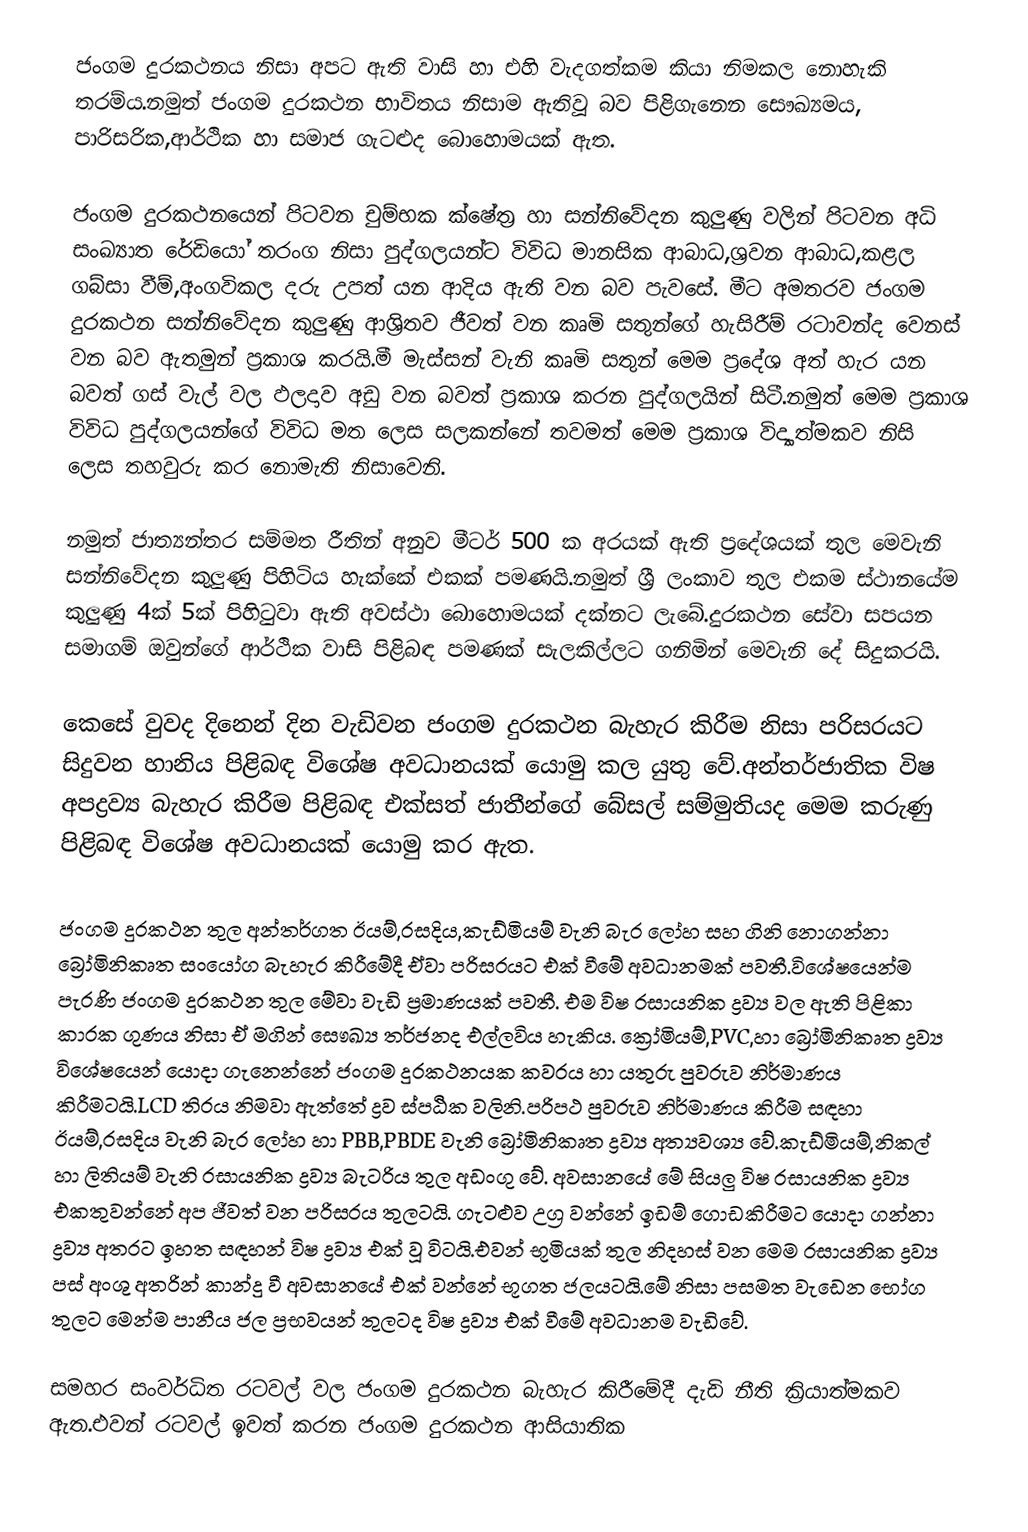
ජංගම දුරකථනය නිසා අපට ඇති වාසි හා එහි වැදගත්කම කියා නිමකල නොහැකි තරම්ය.නමුත් ජංගම දුරකථන භාවිතය නිසාම ඇතිවූ බව පිළිගැනෙන සෞඛ්‍යමය, පාරිසරික,ආර්ථික හා සමාජ ගැටළුද බොහොමයක් ඇත.

ජංගම දුරකථනයෙන් පිටවන චුම්භක ක්ෂේත්‍ර හා සන්නිවේදන කුලුණු වලින් පිටවන අධි සංඛ්‍යාත රේඩියෝ තරංග නිසා පුද්ගලයන්ට විවිධ මානසික ආබාධ,ශ්‍රවන ආබාධ,කළල ගබ්සා වීම්,අංගවිකල දරු උපත් යන ආදිය ඇති වන බව පැවසේ. මීට අමතරව ජංගම දුරකථන සන්නිවේදන කුලුණු ආශ්‍රිතව ජීවත් වන කෘමි සතුන්ගේ හැසිරීම් රටාවන්ද වෙනස් වන බව ඇතමුන් ප්‍රකාශ කරයි.මී මැස්සන් වැනි කෘමි සතුන් මෙම ප්‍රදේශ අත් හැර යන බවත් ගස් වැල් වල ඵලදාව අඩු වන බවත් ප්‍රකාශ කරන පුද්ගලයින් සිටී.නමුත් මෙම ප්‍රකාශ විවිධ පුද්ගලයන්ගේ විවිධ මත ලෙස සලකන්නේ තවමත් මෙම ප්‍රකාශ විද්‍යාත්මකව නිසි ලෙස තහවුරු කර නොමැති නිසාවෙනි.

නමුත් ජාත්‍යන්තර සම්මත රීතින් අනුව මීටර් 500 ක අරයක් ඇති ප්‍රදේශයක් තුල මෙවැනි සන්නිවේදන කුලුණු පිහිටිය හැක්කේ එකක් පමණයි.නමුත් ශ්‍රී ලංකාව තුල එකම ස්ථානයේම කුලුණු 4ක් 5ක් පිහිටුවා ඇති අවස්ථා බොහොමයක් දක්නට ලැබේ.දුරකථන සේවා සපයන සමාගම් ඔවුන්ගේ ආර්ථික වාසි පිළිබඳ පමණක් සැලකිල්ලට ගනිමින් මෙවැනි දේ සිදුකරයි.

කෙසේ වුවද දිනෙන් දින වැඩිවන ජංගම දුරකථන බැහැර කිරීම නිසා පරිසරයට සිදුවන හානිය පිළිබඳ විශේෂ අවධානයක් යොමු කල යුතු වේ.අන්තර්ජාතික විෂ අපද්‍රව්‍ය බැහැර කිරීම පිළිබඳ එක්සත් ජාතීන්ගේ බේසල් සම්මුතියද මෙම කරුණු පිළිබඳ විශේෂ අවධානයක් යොමු කර ඇත.

ජංගම දුරකථන තුල අන්තර්ගත ඊයම්,රසදිය,කැඩ්මියම් වැනි බැර ලෝහ සහ ගිනි නොගන්නා බ්‍රෝමිනිකෘත සංයෝග බැහැර කිරීමේදී ඒවා පරිසරයට එක් වීමේ අවධානමක් පවතී.විශේෂයෙන්ම පැරණි ජංගම දුරකථන තුල මේවා වැඩි ප්‍රමාණයක් පවතී. එම විෂ රසායනික ද්‍රව්‍ය වල ඇති පිළිකා කාරක ගුණය නිසා ඒ මගින් සෞඛ්‍ය තර්ජනද එල්ලවිය හැකිය. ක්‍රෝමියම්,PVC,හා බ්‍රෝමිනිකෘත ද්‍රව්‍ය විශේෂයෙන් යොදා ගැනෙන්නේ ජංගම දුරකථනයක කවරය හා යතුරු පුවරුව නිර්මාණය කිරීමටයි.LCD තිරය නිමවා ඇත්තේ ද්‍රව ස්පඨික වලිනි.පරිපථ පුවරුව නිර්මාණය කිරීම සඳහා ඊයම්,රසදිය වැනි බැර ලෝහ හා PBB,PBDE    වැනි බ්‍රෝමිනිකෘත ද්‍රව්‍ය අත්‍යවශ්‍ය වේ.කැඩ්මියම්,නිකල් හා ලිතියම් වැනි රසායනික ද්‍රව්‍ය බැටරිය තුල අඩංගු වේ. අවසානයේ මේ සියලු විෂ රසායනික ද්‍රව්‍ය එකතුවන්නේ අප ජීවත් වන පරිසරය තුලටයි. ගැටළුව උග්‍ර වන්නේ ඉඩම් ගොඩකිරීමට යොදා ගන්නා ද්‍රව්‍ය අතරට ඉහත සඳහන් විෂ ද්‍රව්‍ය එක් වූ විටයි.එවන් භූමියක් තුල නිදහස් වන මෙම රසායනික ද්‍රව්‍ය පස් අංශු අතරින් කාන්දු වී අවසානයේ එක් වන්නේ භූගත ජලයටයි.මේ නිසා පසමත වැඩෙන භෝග තුලට මෙන්ම පානීය ජල ප්‍රභවයන් තුලටද විෂ ද්‍රව්‍ය එක් වීමේ අවධානම වැඩිවේ.

සමහර සංවර්ධිත රටවල් වල ජංගම දුරකථන බැහැර කිරීමේදී දැඩි නීති ක්‍රියාත්මකව ඇත.එවන් රටවල් ඉවත් කරන ජංගම දුරකථන ආසියාතික